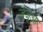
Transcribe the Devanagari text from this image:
जंजूआ